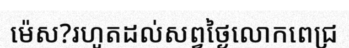
ម៉េស?រហូតដល់សព្វថ្ងៃលោកពេជ្រ